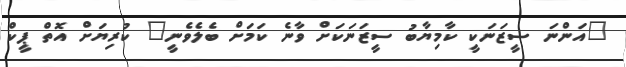
"އަންނަ ސީޒަނަކީ ކާމިޔާބު ސީޒަނަކަށް ވާނެ ކަމަށް ބެލެވެނީ" ކުރިޔަށް އޮތް ޕީކް